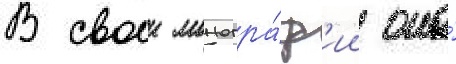
В своеи моногра́ф'ии она́